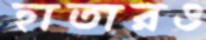
হাতারও